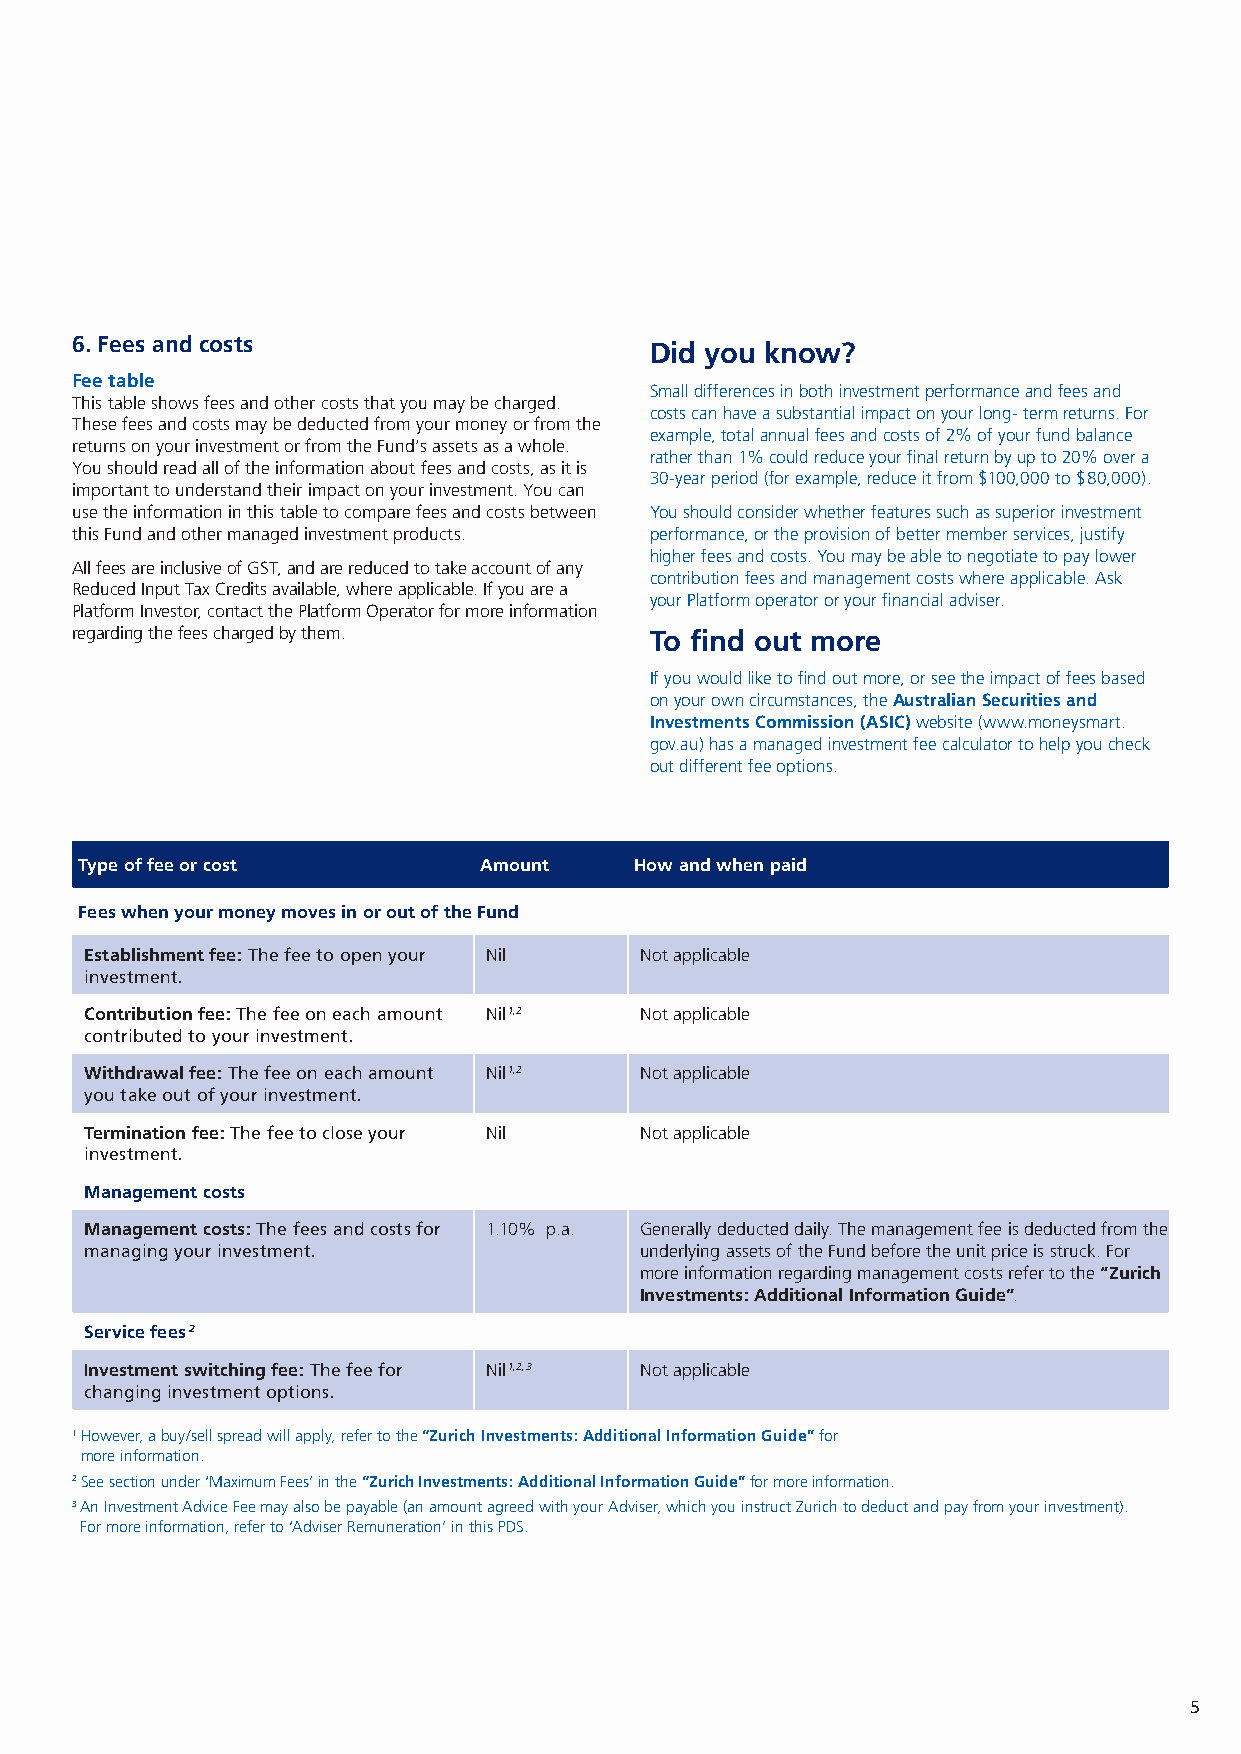
6. Fees and costs
 Did you know?
 Fee table
 Small differences in both investment performance and fees and
 This table shows fees and other costs that you may be charged.
 costs can have a substantial impact on your long- term returns. For
 These fees and costs may be deducted from your money or from the
 example, total annual fees and costs of 2% of your fund balance
 returns on your investment or from the Fund’s assets as a whole.
 rather than 1% could reduce your final return by up to 20% over a
 You should read all of the information about fees and costs, as it is
 30-year period (for example, reduce it from $100,000 to $80,000).
 important to understand their impact on your investment. You can
 use the information in this table to compare fees and costs between You should consider whether features such as superior investment
 this Fund and other managed investment products. performance, or the provision of better member services, justify
 higher fees and costs. You may be able to negotiate to pay lower
 All fees are inclusive of GST, and are reduced to take account of any
 contribution fees and management costs where applicable. Ask
 Reduced Input Tax Credits available, where applicable. If you are a
 your Platform operator or your financial adviser.
 Platform Investor, contact the Platform Operator for more information
 regarding the fees charged by them.   To find out more
 If you would like to find out more, or see the impact of fees based
 on your own circumstances, the Australian Securities and
 Investments Commission (ASIC) website (www.moneysmart.
 gov.au) has a managed investment fee calculator to help you check
 out different fee options.
 Type of fee or cost        Amount    How and when paid
 Fees when your money moves in or out of the Fund
 Establishment fee: The fee to open your Nil Not applicable
 investment.
 Contribution fee: The fee on each amount Nil1,2 Not applicable
 contributed to your investment.
 Withdrawal fee: The fee on each amount Nil1,2 Not applicable
 you take out of your investment.
 Termination fee: The fee to close your Nil Not applicable
 investment.
 Management costs
 Management costs: The fees and costs for 1.10% p.a. Generally deducted daily. The management fee is deducted from the
 managing your investment.           underlying assets of the Fund before the unit price is struck. For
 more information regarding management costs refer to the “Zurich
 Investments: Additional Information Guide”.
 Service fees 2
 Investment switching fee: The fee for Nil1,2,3 Not applicable
 changing investment options.
 1 However, a buy/sell spread will apply, refer to the “Zurich Investments: Additional Information Guide” for
 more information.
 2 See section under ‘Maximum Fees’ in the “Zurich Investments: Additional Information Guide” for more information.
 3 An Investment Advice Fee may also be payable (an amount agreed with your Adviser, which you instruct Zurich to deduct and pay from your investment).
 For more information, refer to ‘Adviser Remuneration’ in this PDS.
 5